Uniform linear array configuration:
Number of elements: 64
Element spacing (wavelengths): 0.5
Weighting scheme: uniform
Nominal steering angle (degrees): -15
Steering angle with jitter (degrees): -16.081
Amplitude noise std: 0.05
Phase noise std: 0.05

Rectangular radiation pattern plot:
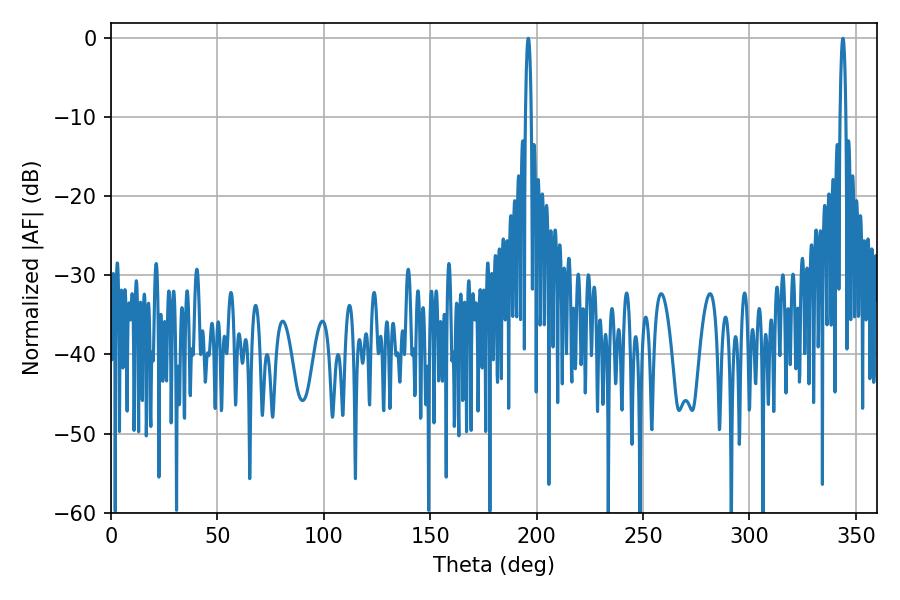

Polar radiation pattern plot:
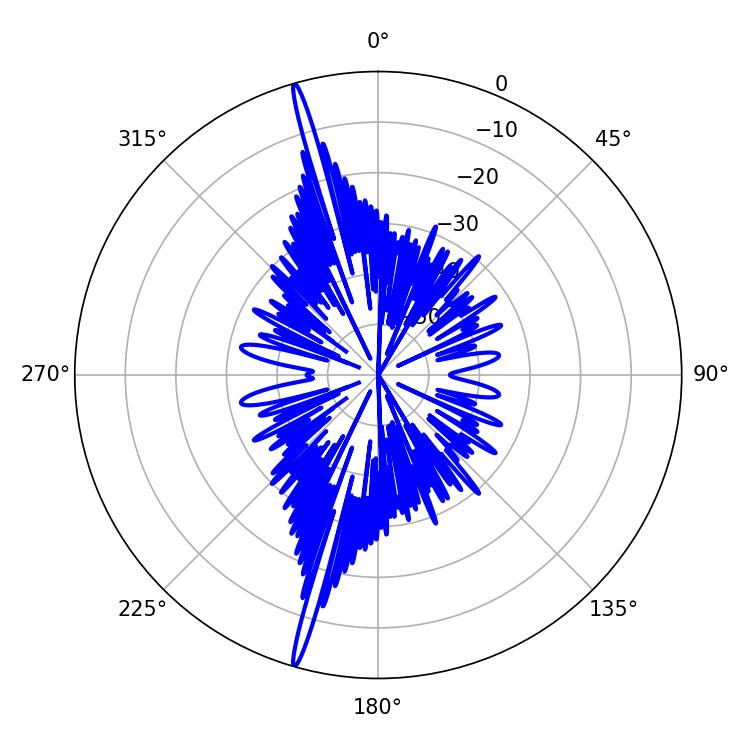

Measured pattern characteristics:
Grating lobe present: FALSE
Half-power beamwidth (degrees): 1.44
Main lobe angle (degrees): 196.02